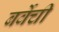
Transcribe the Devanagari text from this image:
बर्वेची